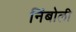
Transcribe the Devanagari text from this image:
निंबोली